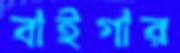
বাইগার